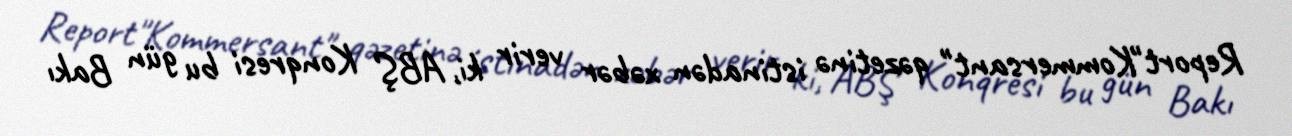
Report"Kommersant" qəzetinə istinadən xəbər verir ki, ABŞ Konqresi bu gün Bakı